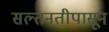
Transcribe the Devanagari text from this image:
सल्तनतीपासून